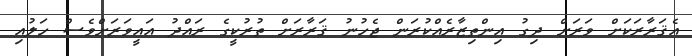
އެޤަރާރަކަށް ވަރަށް ދިގު އިންތިޒާރެއްކުރަން ޖެހުނު ޤަރާރަށް ތުރުކީގެ ރައްދު އައީވަރަށްވެސް ހަލުއި